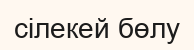
сілекей бөлу